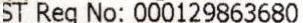
GST REG NO: 000129863680